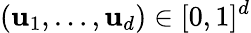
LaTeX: (\mathbf{u}_{1},\dots,\mathbf{u}_{d})\in[0,1]^{d}